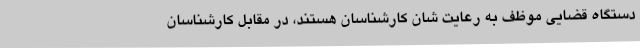
دستگاه قضایی موظف به رعایت شان کارشناسان هستند، در مقابل کارشناسان